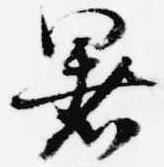
暑